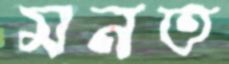
মনত